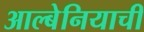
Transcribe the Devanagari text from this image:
आल्बेनियाची